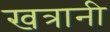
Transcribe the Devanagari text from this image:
खत्रानी